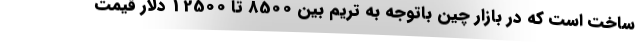
ساخت است که در بازار چین باتوجه به تریم بین 8500 تا 12500 دلار قیمت